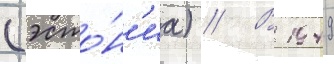
(эсто́н'иа) // В 1949